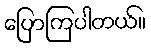
ပြောကြပါတယ်။